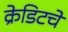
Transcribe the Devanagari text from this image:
क्रेडिटचे